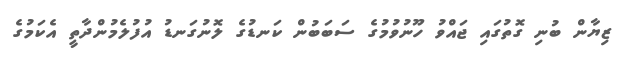
ޒިޔާން ބުނި ގޮތުގައި ޖައްވު ހޫނުވުމުގެ ސަބަބުން ކަނޑުގެ ލޮނުގަނޑު އުފުލެމުންދާތީ އެކަމުގެ